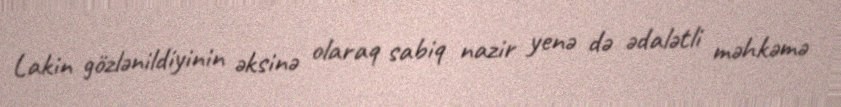
Lakin gözlənildiyinin əksinə olaraq sabiq nazir yenə də ədalətli məhkəmə